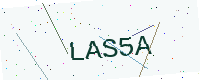
Text: LAS5A